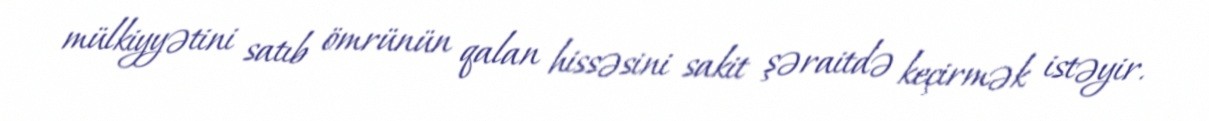
mülkiyyətini satıb ömrünün qalan hissəsini sakit şəraitdə keçirmək istəyir.